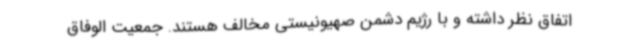
اتفاق نظر داشته و با رژیم دشمن صهیونیستی مخالف هستند. جمعیت الوفاق